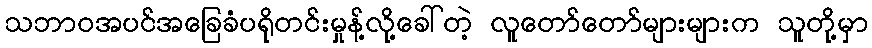
သဘာဝအပင်အခြေခံပရိုတင်းမှုန့်လို့ခေါ်တဲ့ လူတော်တော်များများက သူတို့မှာ